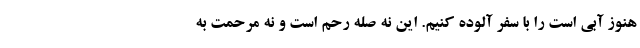
هنوز آبی است را با سفر آلوده کنیم. این نه صله رحم است و نه مرحمت به